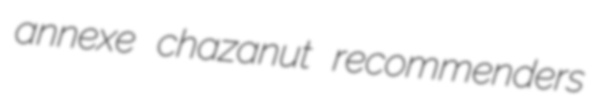
annexe chazanut recommenders